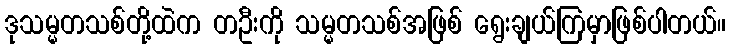
ဒုသမ္မတသစ်တို့ထဲက တဦးကို သမ္မတသစ်အဖြစ် ရွေးချယ်ကြမှာဖြစ်ပါတယ်။